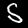
Digit: 5